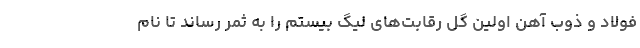
فولاد و ذوب آهن اولین گل رقابت‌های لیگ بیستم را به ثمر رساند تا نام